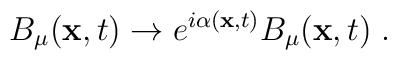
B_\mu ({\bf x},t) \rightarrow e^{i\alpha({\bf x},t)}B_\mu({\bf x},t)\;.